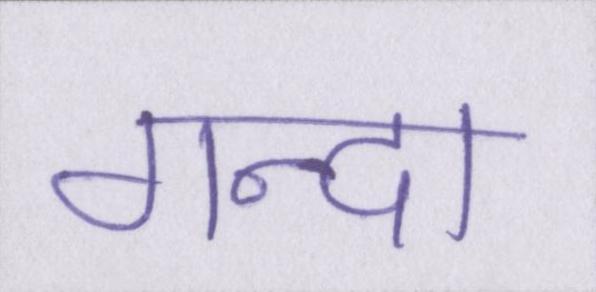
गन्दा